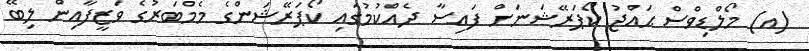
(އ) މޯލްޑިވްސް ޙައްޖު ކޯޕަރޭޝަނަށް ފައިސާ ދެއްކުމުގައި ކޯޕަރޭޝަންގެ މެމްބަރުގެ ވަޒީފާއިން ލިބޭ